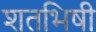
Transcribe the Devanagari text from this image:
शतभिषी